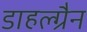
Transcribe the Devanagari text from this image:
डाहल्ग्रैन